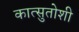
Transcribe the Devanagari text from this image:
कात्सुतोशी